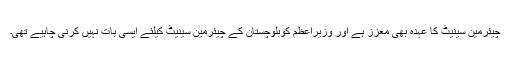
چیئرمین سینیٹ کا عہدہ بھی معزز ہے اور وزیراعظم کوبلوچستان کے چیئرمین سینیٹ کیلئے ایسی بات نہیں کرنی چاہیے تھی۔